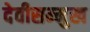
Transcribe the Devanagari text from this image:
देवीसम्मुख